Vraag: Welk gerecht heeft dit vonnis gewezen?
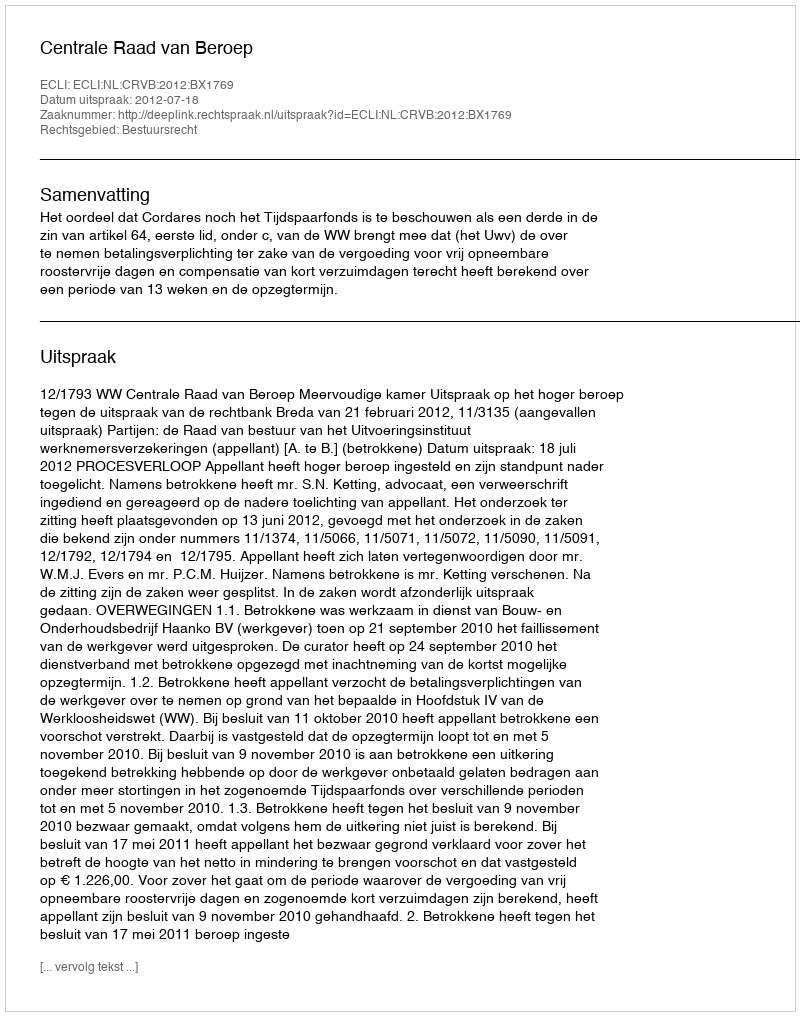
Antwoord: Centrale Raad van Beroep